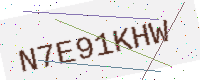
Text: N7E91KHW